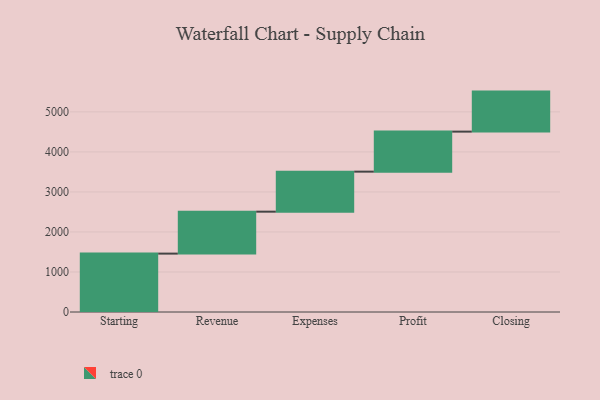
{"axis": {"x": "Step", "y": "Value"}, "legend": [""], "data": [{"x": "Starting", "y": 1459.0, "type": ""}, {"x": "Revenue", "y": 1048.0, "type": ""}, {"x": "Expenses", "y": 1000, "type": ""}, {"x": "Profit", "y": 1000, "type": ""}, {"x": "Closing", "y": 1000, "type": ""}]}